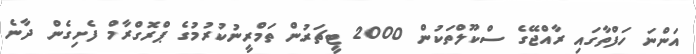
އަންނަ ހަފްތާގައި ރާއްޖޭގެ ސްކޫލްތަކުން 2000 ޓީޗަރުން ތަމްރީނުކުރުމުގެ ޕްރޮގްރާމް ފެށިގެން ދާނެ